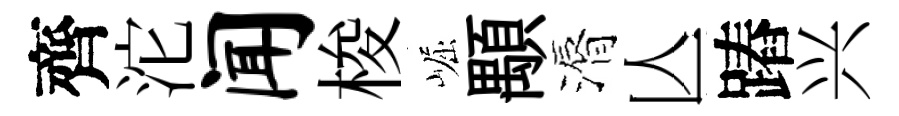
齊沱闻梭崛顒漘亾蹖兴